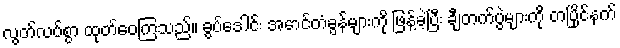
လွတ်လပ်စွာ ထုတ်ဝေကြသည်။ ခွပ်ဒေါင်း အောင်တံခွန်များကို ဖြန့်ခဲ့ပြီး ချီတက်ပွဲများကို တပြိုင်နက်